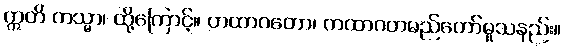
ဣတိ တသ္မာ၊ ထို့ကြောင့်။ တထာဂတော၊ တထာဂတမည်တော်မူသနည်း။